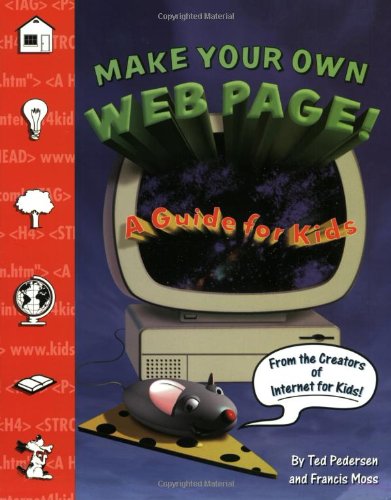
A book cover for Make Your Own Web Page--for Kids!; Ted Pedersen; Children's Books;